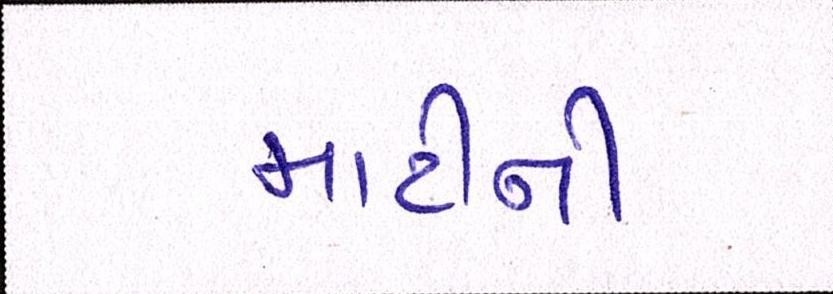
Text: માટીની